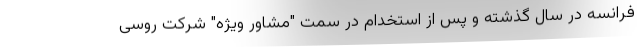
فرانسه در سال گذشته و پس از استخدام در سمت "مشاور ویژه" شرکت روسی